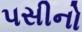
પસીનો